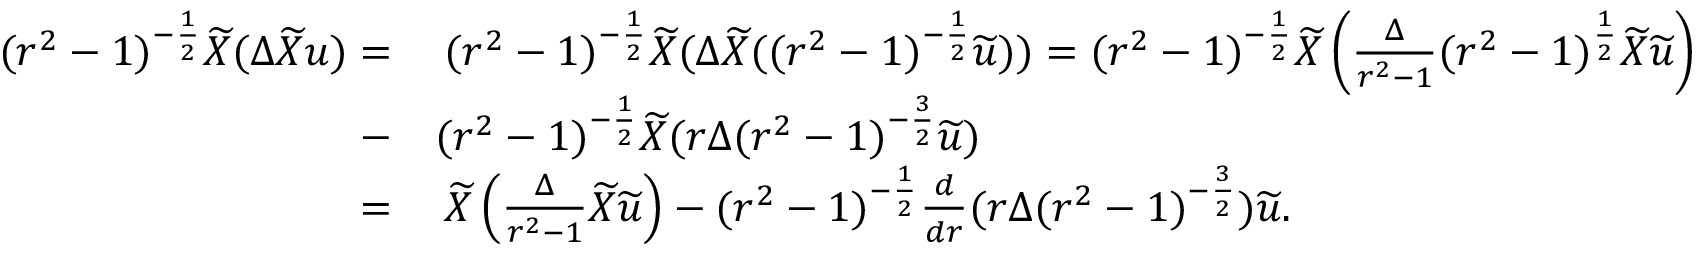
\begin{array} { r l } { ( r ^ { 2 } - 1 ) ^ { - \frac { 1 } { 2 } } \widetilde { X } ( \Delta \widetilde { X } u ) = } & { \: ( r ^ { 2 } - 1 ) ^ { - \frac { 1 } { 2 } } \widetilde { X } ( \Delta \widetilde { X } ( ( r ^ { 2 } - 1 ) ^ { - \frac { 1 } { 2 } } \widetilde { u } ) ) = ( r ^ { 2 } - 1 ) ^ { - \frac { 1 } { 2 } } \widetilde { X } \left( \frac { \Delta } { r ^ { 2 } - 1 } ( r ^ { 2 } - 1 ) ^ { \frac { 1 } { 2 } } \widetilde { X } \widetilde { u } \right) } \\ { - } & { ( r ^ { 2 } - 1 ) ^ { - \frac { 1 } { 2 } } \widetilde { X } ( r \Delta ( r ^ { 2 } - 1 ) ^ { - \frac { 3 } { 2 } } \widetilde { u } ) } \\ { = } & { \: \widetilde { X } \left( \frac { \Delta } { r ^ { 2 } - 1 } \widetilde { X } \widetilde { u } \right) - ( r ^ { 2 } - 1 ) ^ { - \frac { 1 } { 2 } } \frac { d } { d r } ( r \Delta ( r ^ { 2 } - 1 ) ^ { - \frac { 3 } { 2 } } ) \widetilde { u } . } \end{array}